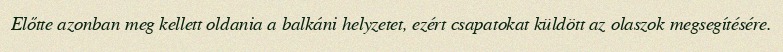
Előtte azonban meg kellett oldania a balkáni helyzetet, ezért csapatokat küldött az olaszok megsegítésére.